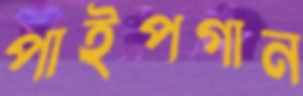
পাইপগান